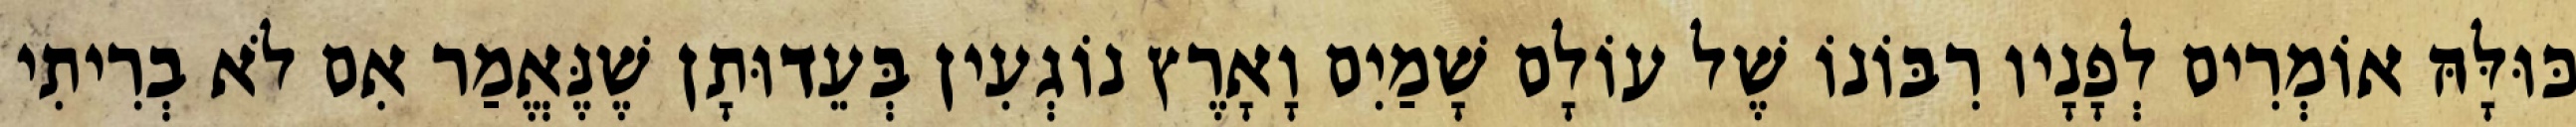
כּוּלָּהּ אוֹמְרִים לְפָנָיו רִבּוֹנוֹ שֶׁל עוֹלָם שָׁמַיִם וָאָרֶץ נוֹגְעִין בְּעֵדוּתָן שֶׁנֶּאֱמַר אִם לֹא בְרִיתִי